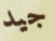
جيد